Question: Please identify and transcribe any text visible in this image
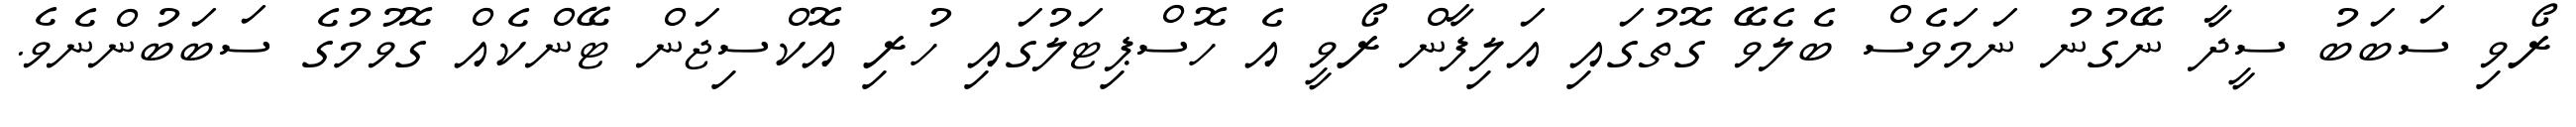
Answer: ރޯވި ސަބަބު ސީދާ ނޭގުނު ނަމަވެސް ބެލެވޭ ގޮތުގައި އަލިފާން ރޯވީ އެ ހޮސްޕިޓަލުގައި ހުރި އޮކްސިޖަން ޓޭންކެއް ގޮވުމުގެ ސަބަބުންނެވެ.